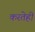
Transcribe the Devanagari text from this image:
करतेही